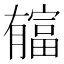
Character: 𣎬